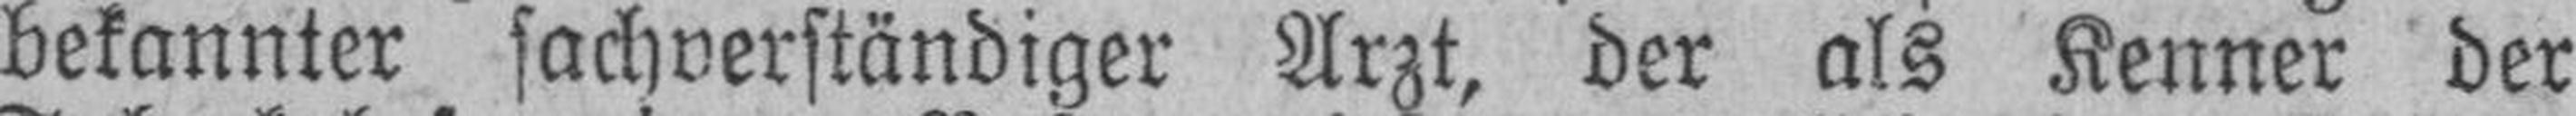
bekannter sachverständiger Arzt, der als Kenner der